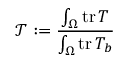
\mathcal { T } : = \frac { \int _ { \Omega } \mathrm { t r } \, T } { \int _ { \Omega } \mathrm { t r } \, T _ { b } }